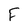
Character: F